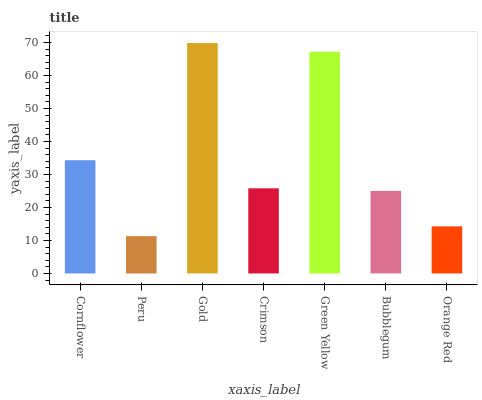
| xaxis_label | bars |
 | --- | --- |
 | Cornflower | 34.3 |
 | Peru | 11.3 |
 | Gold | 69.9 |
 | Crimson | 25.8 |
 | Green Yellow | 67.2 |
 | Bubblegum | 25 |
 | Orange Red | 14.3 |